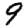
Digit: 9